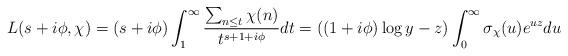
LaTeX: \begin{align*} L(s+i\phi,\chi) = (s+i\phi)\int_1^\infty \frac{\sum_{n\leq t} \chi(n)}{t^{s+1+i\phi}} dt =((1+i\phi)\log y-z)\int_0^\infty \sigma_\chi(u) e^{uz} du\end{align*}